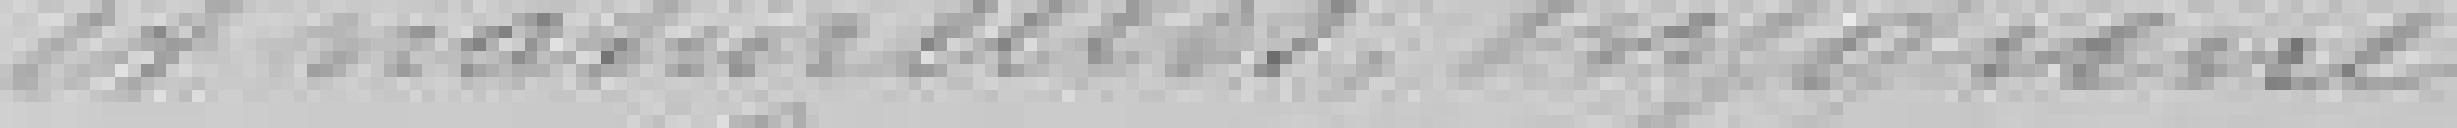
et naturelles, hygiène.